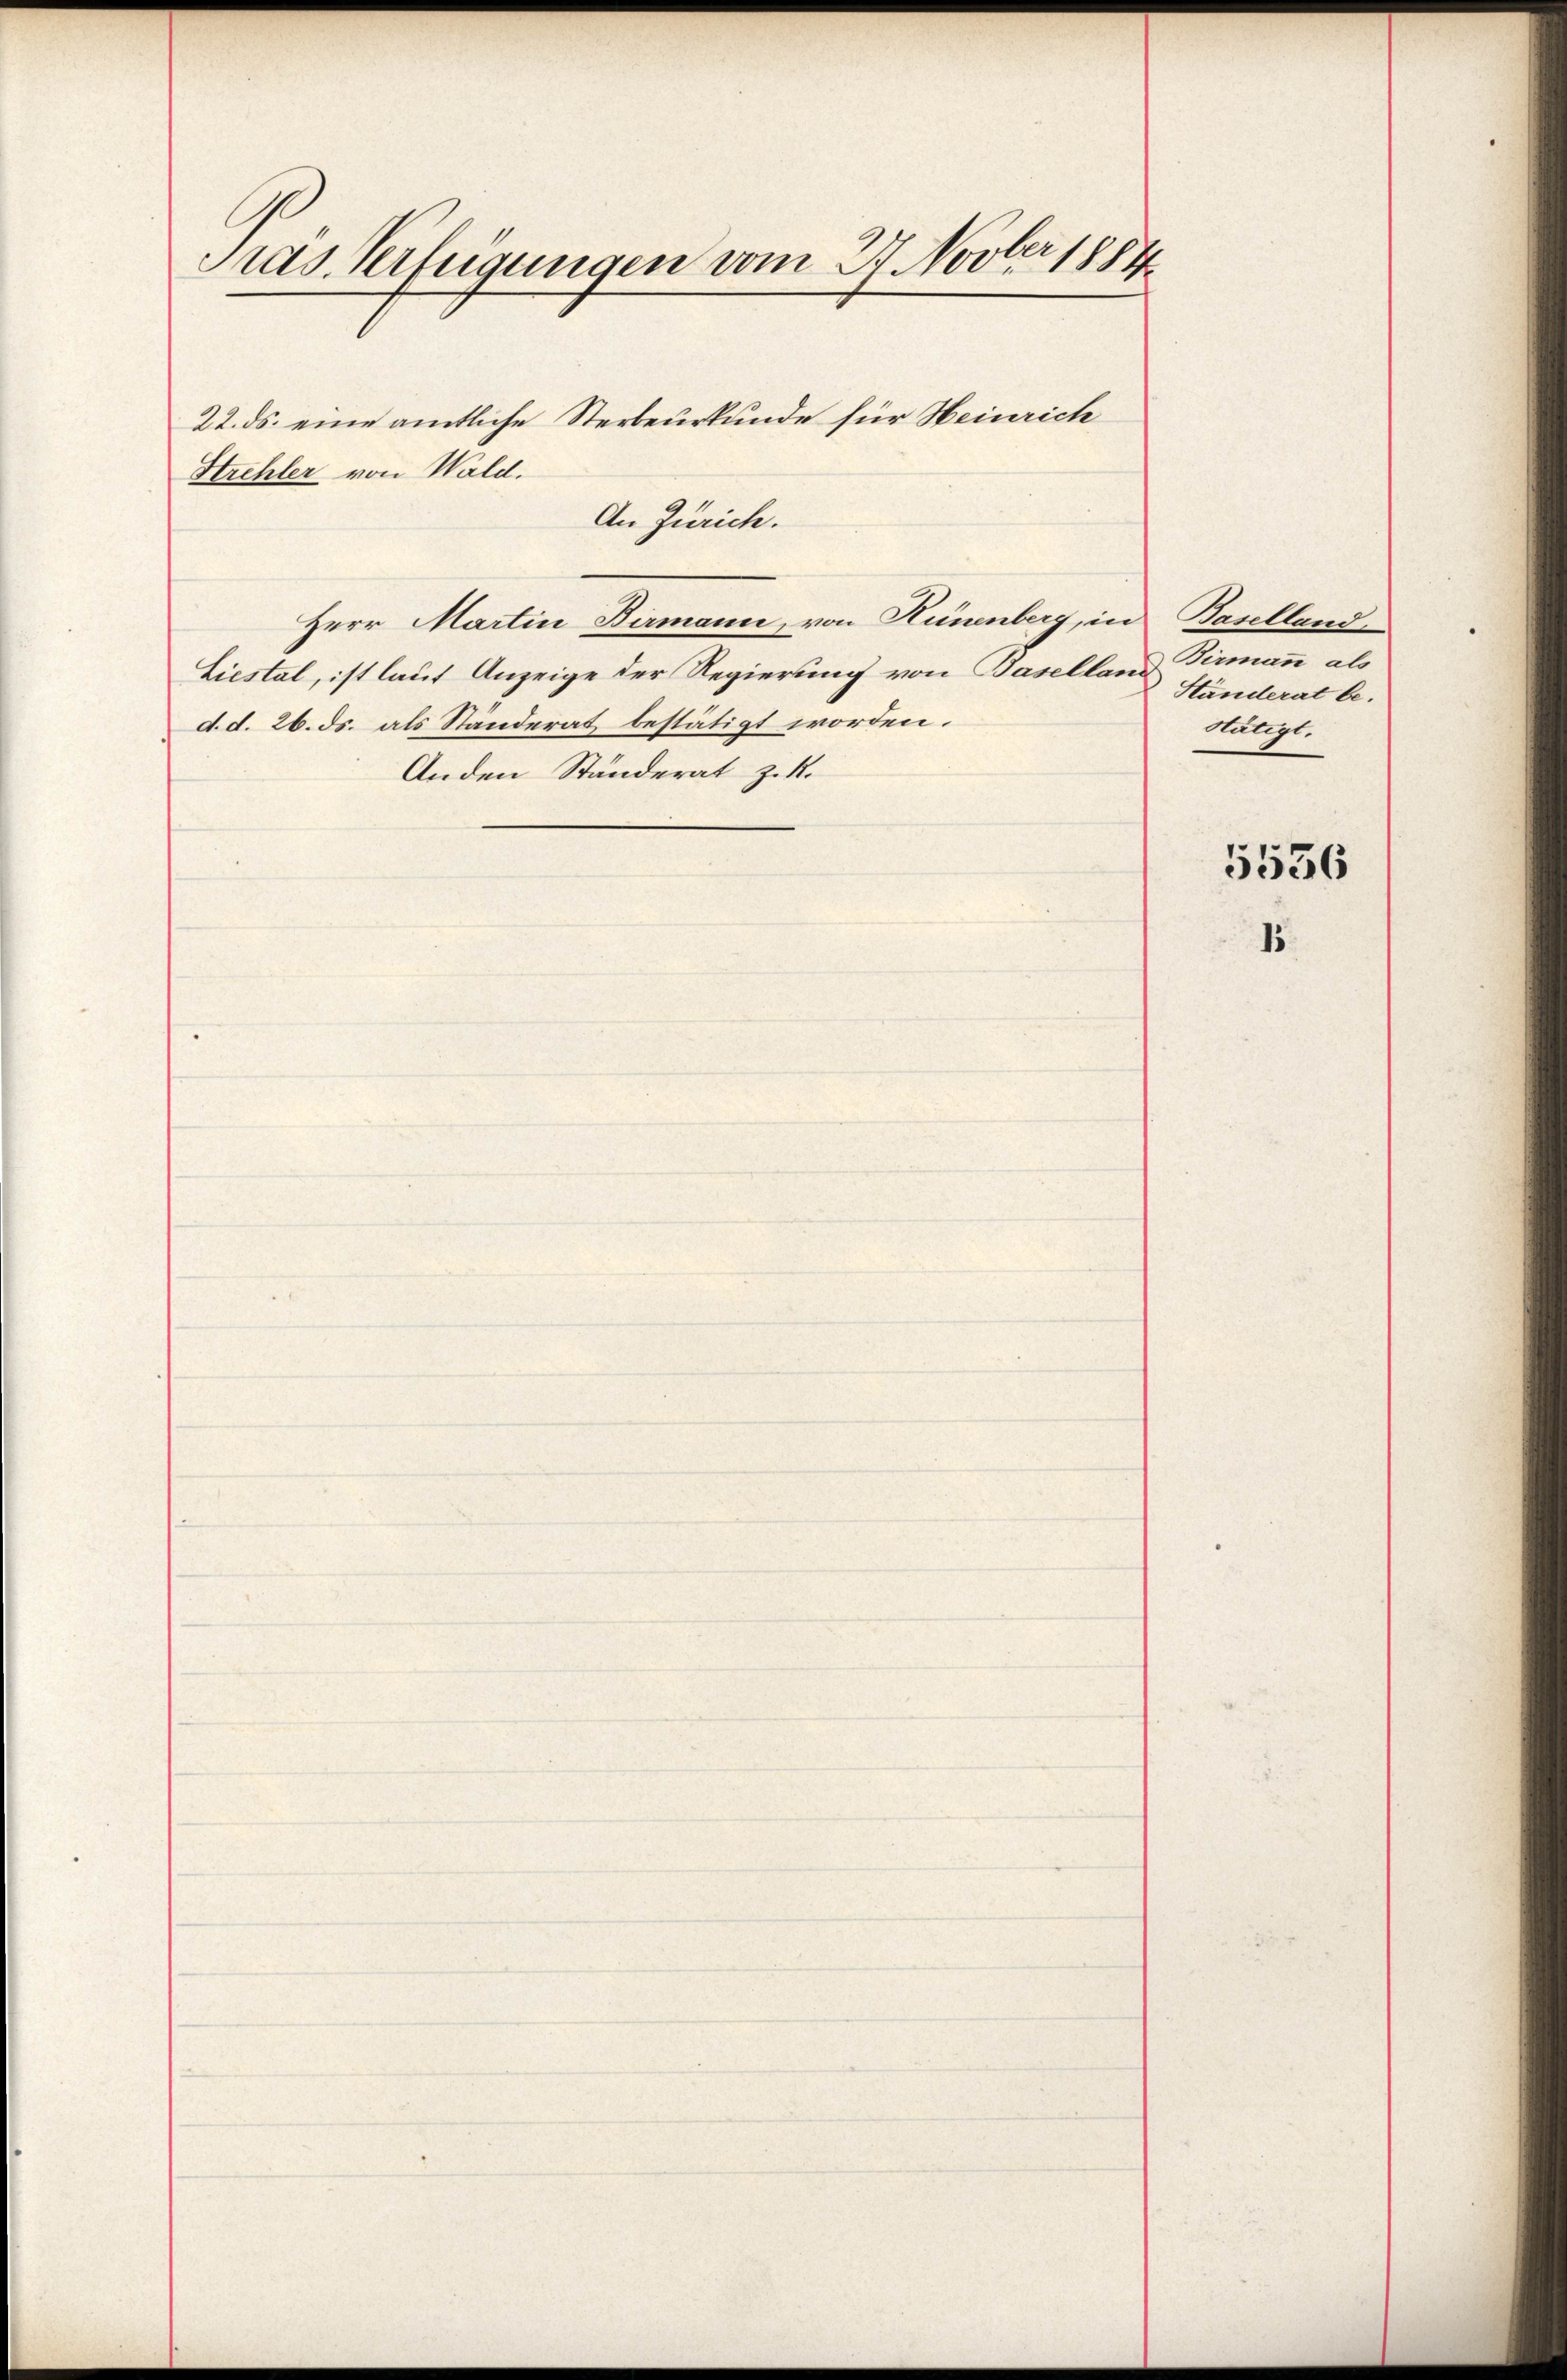
Pras Verfügungen vom 27. Novber 1884

22. ds. eine amtliche Sterbeurkunde für Heinrich
Strehler von Wald.
An Zürich.
Herr Martin Birmann, von Hünenberg, in Baselland
Liestal, ist laut Anzeige der Regierung von Baselland
d. d. 26. ds. als Ständerat bestätigt worden.
Anden Ständerat z. 1.

Birmann als
Ständerat be¬
Hatigl.

5536
15